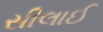
સીલાઈ